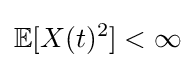
\mathbb {E} [X(t)^{2}]<\infty